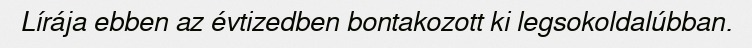
Lírája ebben az évtizedben bontakozott ki legsokoldalúbban.